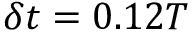
\delta t = 0 . 1 2 T